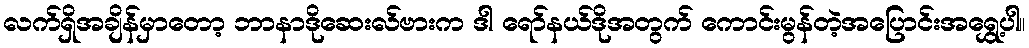
လက်ရှိအချိန်မှာတော့ ဘာနာဒိုဆေးလ်ဗားက ဒါ ရော်နယ်ဒိုအတွက် ကောင်းမွန်တဲ့အပြောင်းအရွှေ့ပါ။